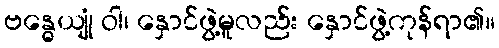
ဗန္ဓေယျုံ ဝါ၊ နှောင်ဖွဲ့မူလည်း နှောင်ဖွဲ့ကုန်ရာ၏။